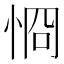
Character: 㤯